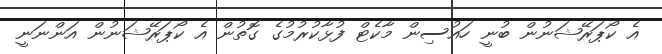
އެ ކޯޕަރޭޝަނުން ބުނީ ހައުސިން މާކެޓް ފުޅާކުރުމުގެ ގޮތުން އެ ކޯޕަރޭޝަނުން އަންނަނީ